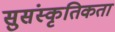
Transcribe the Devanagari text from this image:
सुसंस्कृतिकता